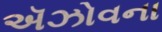
ઍઝોવના